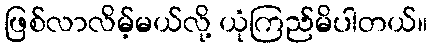
ဖြစ်လာလိမ့်မယ်လို့ ယုံကြည်မိပါတယ်။